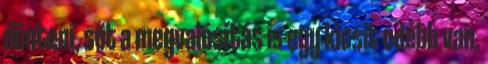
dönteni, sőt a megvalósítás is egy kicsit odébb van.